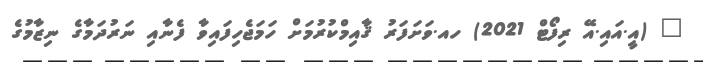
_ (އީ.އައި.އޭ ރިފޯޓް 2021) ހއ.ވަށަފަރު ޤާއިމްކުރުމަށް ހަމަޖެހިފައިވާ ފެނާއި ނަރުދަމާގެ ނިޒާމުގެ